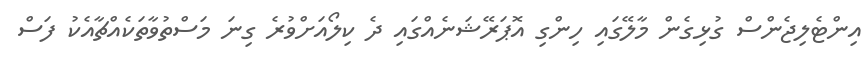
އިންޓެލިޖެންސް ގުޅިގެން މާލޭގައި ހިންގި އޮޕަރޭޝަނެއްގައި ދެ ކިލޯއަށްވުރެ ގިނަ މަސްތުވާތަކެއްޗާއެކު ފަސް